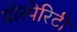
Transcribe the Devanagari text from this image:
प्रोस्पेरिटी